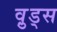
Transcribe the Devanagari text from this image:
व़ुड्स